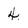
Character: 4